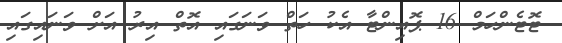
ޓޮޓެންހަމް 16 ޕޮއިންޓާ އެކު ހަތް ވަނަގައި އޮތް އިރު އަށް ވަނައިގައި